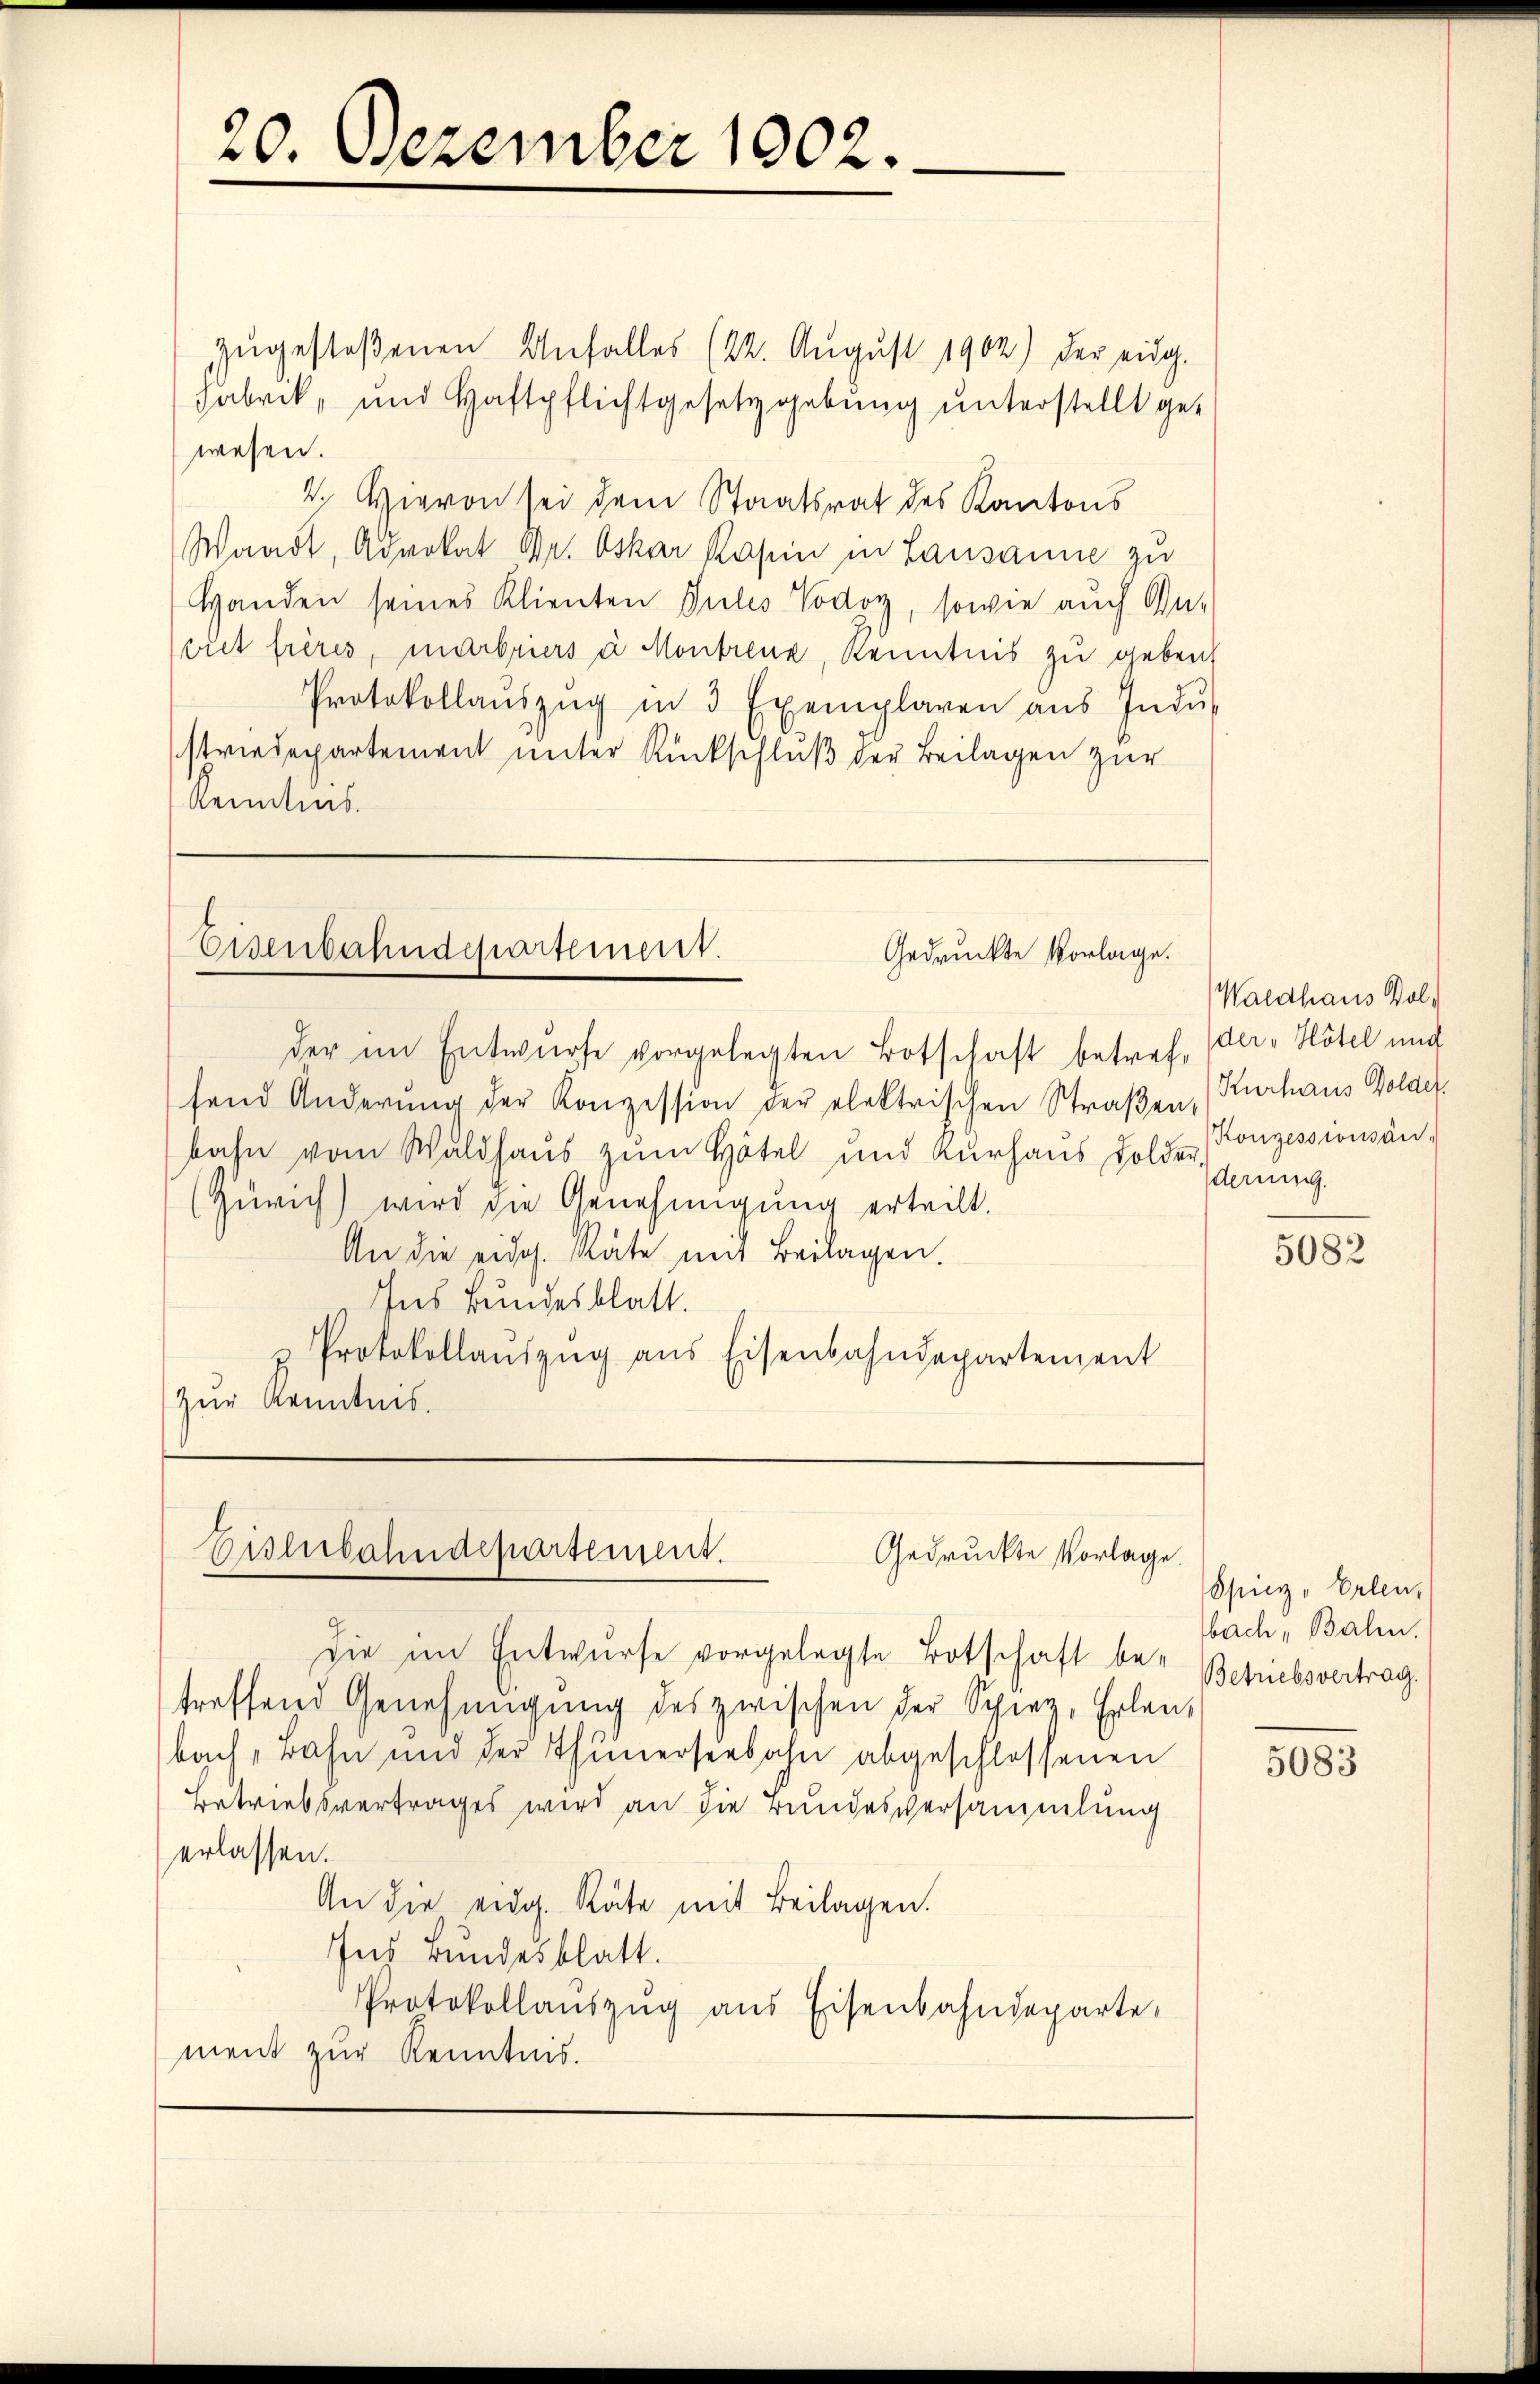
zugestoßenen Unfall(...)(22. August 1902) der eidg.
Fabrik, und Haftpflichtgesetzgebung unterstellt ge-
wesen.
V. Hievon sei dem Staatsrat des Kantons
Waadt, Advokat Dr. Oskar Rasen in Lausanne zu
Handen seines Klienten Julis Vodoy, sowie auch An-
eiet frères, marbriers à Montrenz, Kenntnis zu geben,
Protokollaŭszŭg in 3 Exemplaren aŭs Indŭ-
sriedepartement unter Rückschlŭβ der Beilagen zur
kenntnis.

Eisenbahndepartement.
Gedruckte Vorlage.
der im Entwurfe vorgelegten Botschaft betref der Hotel und

20. Dezember 1902.

fend Änderŭng der Konzession der elektrischen Straβen,
bahn vom Waldhaus zum Hotel und Kurhaus Solder,
(Zürich) wird die Genehmigung erteilt.
An die eidg. Räte mit Beilagen.
Ins Bundesblatt.
Protokollaŭszŭg aŭs Eisenbahndepartement
Zur Kenntnis.

Eislerbahndepartement.
Gedruckte Vorlage.

die im Entwurfe vorgelegte Botschaft be-
treffend Genehmigŭng des zwischen der Spiez, Erlenbach Bahn und der Thunerseebahn abgeschlossenen
Betriebsvertrages wird an die rundesversammlung
erlassen.
An die eidg. Räte mit Beilagen.
Ins Bundesblatt.
Protokollaŭszŭg ans Eisenbahndeparte
ment zur Kenntnis.

Waldhaus Bol¬
Kurhaus Dolder.
Konzessionsän-
derung.

5082

Spiez „Erlen,
bach, Bahn.
Betriebsvertrag.

5083